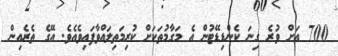
700 އަށް ވުރެ ގިނަ ކެންޑިޑޭޓުން އެ މަގާމުތަކަށް ކުރިމަތިލައްވާފައިވެއެވެ. އޭގެ ތެރެއިން